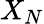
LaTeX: X_{N}